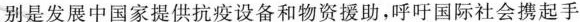
别是发展中国家提供抗疫设备和物资援助，呼吁国际社会携起手